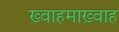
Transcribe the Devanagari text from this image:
ख़्वाहमाख़्वाह